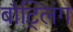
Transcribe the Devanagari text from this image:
बौट्लिंग